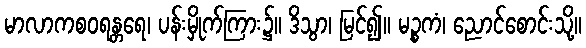
မာလာကစဝရန္တရေ၊ ပန်းမှိုက်ကြား၌။ ဒိသွာ၊ မြင်၍။ မဉ္စကံ၊ ညောင်စောင်းသို့။